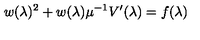
w ( \lambda ) ^ { 2 } + w ( \lambda ) \mu ^ { - 1 } V ^ { \prime } ( \lambda ) = f ( \lambda ) \